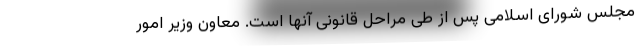
مجلس شورای اسلامی پس از طی مراحل قانونی آنها است. معاون وزیر امور